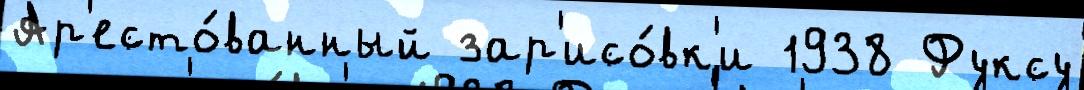
Ар'есто́ванный зар'исо́вк'и 1938 Фуксу